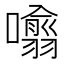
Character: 𭌁